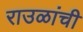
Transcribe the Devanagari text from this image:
राउळांची